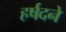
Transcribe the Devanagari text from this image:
हर्षदने